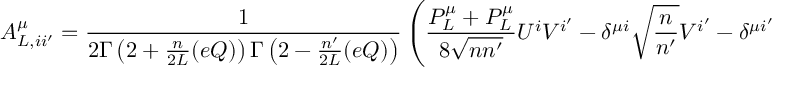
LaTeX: A _ { L , i i ^ { \prime } } ^ { \mu } = \frac { 1 } { 2 \Gamma \left( 2 + \frac { n } { 2 L } ( e Q ) \right) \Gamma \left( 2 - \frac { n ^ { \prime } } { 2 L } ( e Q ) \right) } \left( \frac { { \cal P } _ { L } ^ { \mu } + { \cal P } _ { L } ^ { \mu } } { 8 \sqrt { n n ^ { \prime } } } U ^ { i } V ^ { i ^ { \prime } } - \delta ^ { \mu i } \sqrt { \frac { n } { n ^ { \prime } } } V ^ { i ^ { \prime } } - \delta ^ { \mu i ^ { \prime } } \sqrt { \frac { n ^ { \prime } } { n } } U ^ { i } \right) \times